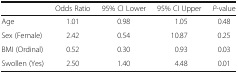
<table><thead><tr><td></td><td><b>Odds Ratio</b></td><td><b>95% CI Lower</b></td><td><b>95% CI Upper</b></td><td><b><i>P</i>-value</b></td></tr></thead><tbody><tr><td>Age</td><td>1.01</td><td>0.98</td><td>1.05</td><td>0.48</td></tr><tr><td>Sex (Female)</td><td>2.42</td><td>0.54</td><td>10.87</td><td>0.25</td></tr><tr><td>BMI (Ordinal)</td><td>0.52</td><td>0.30</td><td>0.93</td><td>0.03</td></tr><tr><td>Swollen (Yes)</td><td>2.50</td><td>1.40</td><td>4.48</td><td>0.01</td></tr></tbody></table>